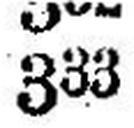
333